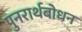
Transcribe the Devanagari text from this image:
पुनरार्थबोधन